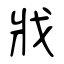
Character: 戕